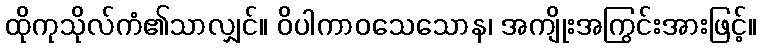
ထိုကုသိုလ်ကံ၏သာလျှင်။ ဝိပါကာဝသေသောန၊ အကျိုးအကြွင်းအားဖြင့်။